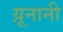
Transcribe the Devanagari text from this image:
य़ूनानी